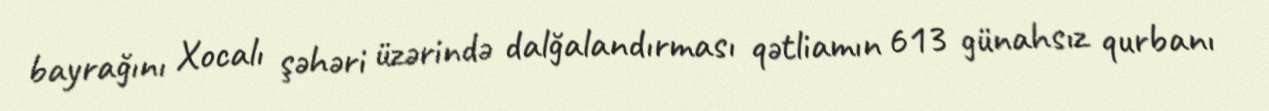
bayrağını Xocalı şəhəri üzərində dalğalandırması qətliamın 613 günahsız qurbanı